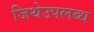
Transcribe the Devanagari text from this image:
जिथेउपलब्ध